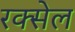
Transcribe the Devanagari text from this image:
रक्सेल